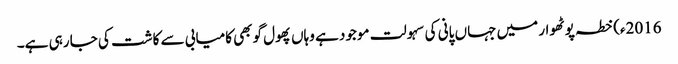
2016ء)خطہ پوٹھوار میں جہاں پانی کی سہولت موجود ہے وہاں پھول گوبھی کامیابی سے کاشت کی جا رہی ہے۔